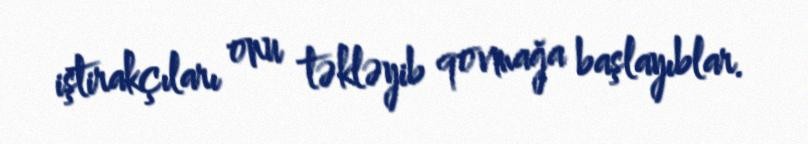
iştirakçıları onu təkləyib qovmağa başlayıblar.